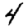
Digit: 4